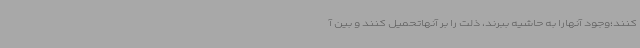
کنند؛وجود آنهارا به حاشیه ببرند، ذلت را بر آنهاتحمیل کنند و بین آ